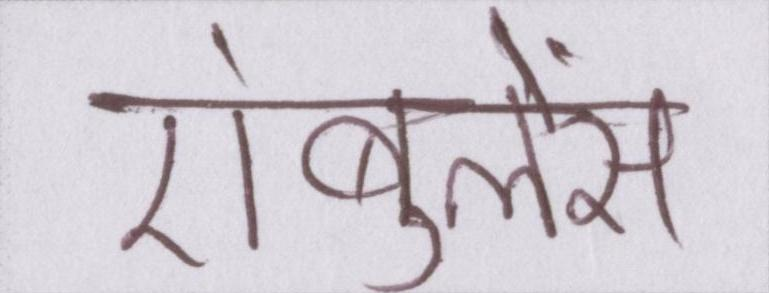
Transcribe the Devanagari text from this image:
एंबुलेंस